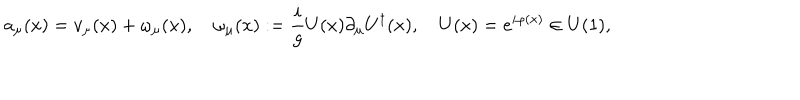
a _ { \mu } ( x ) = v _ { \mu } ( x ) + \omega _ { \mu } ( x ) , \quad \omega _ { \mu } ( x ) : = { \frac { i } { g } } U ( x ) \partial _ { \mu } U ^ { \dagger } ( x ) , \quad U ( x ) = e ^ { i \varphi ( x ) } \in U ( 1 ) ,